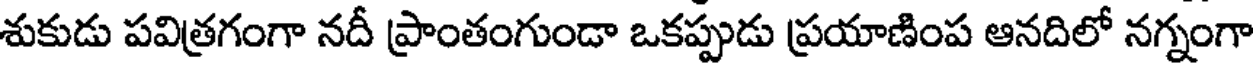
శుకుడు పవిత్రగంగా నదీ ప్రాంతంగుండా ఒకప్పుడు ప్రయాణింప ఆనదిలో నగ్నంగా